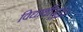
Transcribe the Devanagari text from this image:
विद्यार्थीसुद्धा